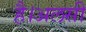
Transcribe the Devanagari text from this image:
है।अलसी